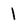
Character: 1